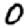
Digit: 0